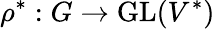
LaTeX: \rho^{*}:G\to{\mathrm{GL}}(V^{*})